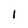
Character: l